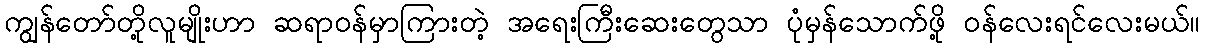
ကျွန်တော်တို့လူမျိုးဟာ ဆရာဝန်မှာကြားတဲ့ အရေးကြီးဆေးတွေသာ ပုံမှန်သောက်ဖို့ ဝန်လေးရင်လေးမယ်။